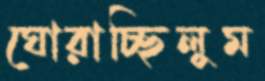
ঘোরাচ্ছিলুম